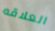
العلاقه